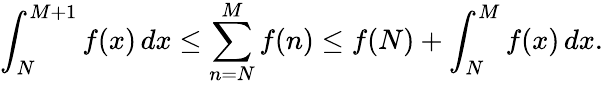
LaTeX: \int_{N}^{M+1}f(x)\, dx\leq\sum_{n=N}^{M}f(n)\leq f(N)+\int_{N}^{M}f(x)\, dx.